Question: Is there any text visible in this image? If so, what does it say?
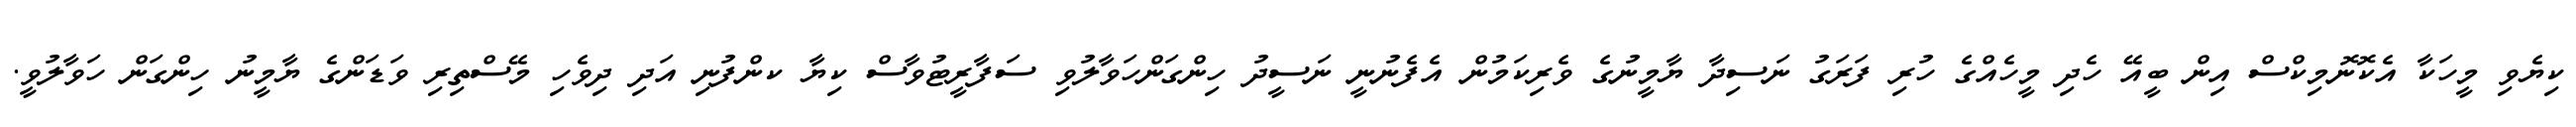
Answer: ކިޔެވި މީހަކާ އެކޮނޮމިކްސް އިން ބީއޭ ހެދި މީހެއްގެ ހުރި ފަރަގު ނަސިދާ ޔާމީނުގެ ވެރިކަމުން އެފެނުނީ ނަސީދު ހިންގަންހަވާލުވި ސަފާރީޓުވާސް ކިޔާ ކންފުނި އަދި ދިވެހި މޭސްތިރި ވަޑަންގެ ޔާމީނު ހިންގަން ހަވާލުވީ.